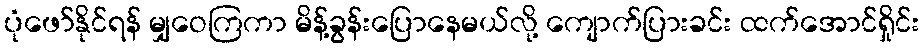
ပုံဖော်နိုင်ရန် မျှဝေကြကာ မိန့်ခွန်းပြောနေမယ်လို့ ကျောက်ပြားခင်း ထက်အောင်ရှိုင်း